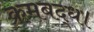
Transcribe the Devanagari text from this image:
क्रमबद्ध।